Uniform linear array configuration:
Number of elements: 8
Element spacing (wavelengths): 0.25
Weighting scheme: binomial
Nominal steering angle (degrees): -30
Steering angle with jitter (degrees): -29.444
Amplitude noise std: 0.05
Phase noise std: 0.05

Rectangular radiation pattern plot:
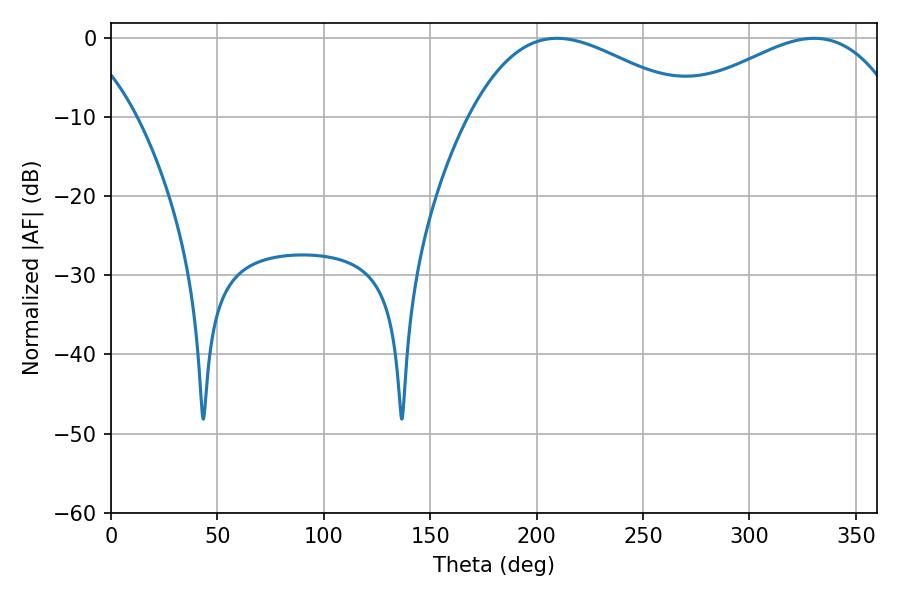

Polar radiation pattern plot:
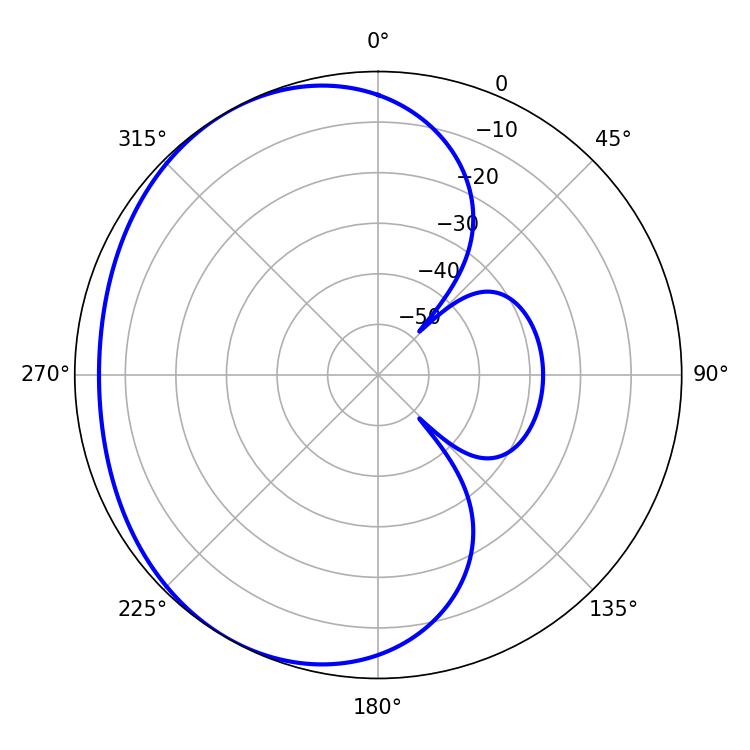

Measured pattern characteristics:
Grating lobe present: FALSE
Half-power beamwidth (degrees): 58.14
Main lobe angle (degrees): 209.52